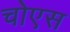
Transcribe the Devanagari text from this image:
चोएस